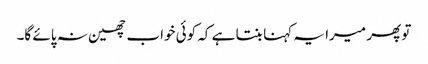
تو پھر میرا یہ کہنا بنتا ہے کہ کوئی خواب چھین نہ پائے گا۔